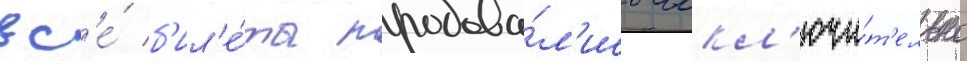
вс'е́ б'ил'е́ты продава́л'ись искл'ючи́т'ельно